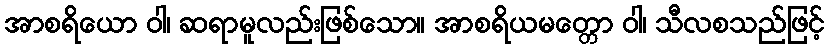
အာစရိယော ဝါ၊ ဆရာမူလည်းဖြစ်သော။ အာစရိယမတ္တော ဝါ၊ သီလစသည်ဖြင့်